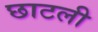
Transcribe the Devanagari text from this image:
छाटली